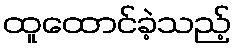
ထူထောင်ခဲ့သည့်